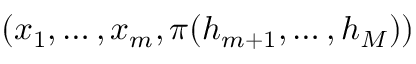
( x _ { 1 } , \hdots , x _ { m } , \pi ( h _ { m + 1 } , \hdots , h _ { M } ) )